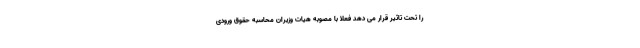
را تحت تاثیر قرار می دهد فعلا با مصوبه هیات وزیران محاسبه حقوق ورودی